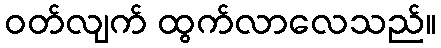
ဝတ်လျက် ထွက်လာလေသည်။